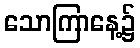
သောကြာနေ့၌